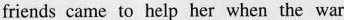
friends came to help her when the war